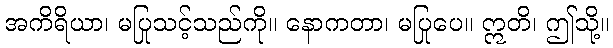
အကိရိယာ၊ မပြုသင့်သည်ကို။ နောကတာ၊ မပြုပေ။ ဣတိ၊ ဤသို့။